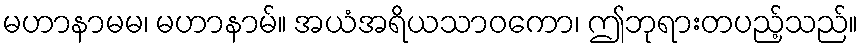
မဟာနာမမ၊ မဟာနာမ်။ အယံအရိယသာဝကော၊ ဤဘုရားတပည့်သည်။